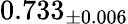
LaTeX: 0.733_{\pm 0.006}